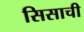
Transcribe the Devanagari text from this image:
सिसाची